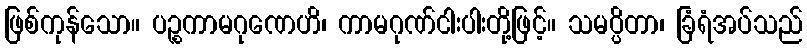
ဖြစ်ကုန်သော။ ပဉ္စကာမဂုဏေဟိ၊ ကာမဂုဏ်ငါးပါးတို့ဖြင့်။ သမပ္ပိတာ၊ ခြံရံအပ်သည်